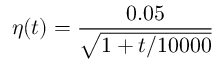
\eta ( t ) = \frac { 0 . 0 5 } { \sqrt { 1 + t / 1 0 0 0 0 } }